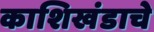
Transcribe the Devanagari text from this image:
काशिखंडाचे